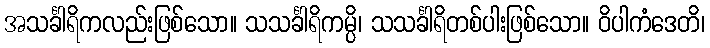
အသင်္ခါရိကလည်းဖြစ်သော။ သသင်္ခါရိကမ္ပိ၊ သသင်္ခါရိတစ်ပါးဖြစ်သော။ ဝိပါကံဒေတိ၊